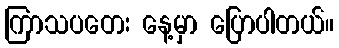
ကြာသပတေး နေ့မှာ ပြောပါတယ်။